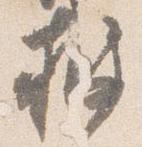
披